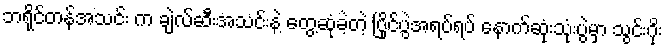
ဘရိုင်တန်အသင်း က ချဲလ်ဆီးအသင်းနဲ့ တွေ့ဆုံခဲ့တဲ့ ပြိုင်ပွဲအရပ်ရပ် နောက်ဆုံးသုံးပွဲမှာ သွင်းဂိုး